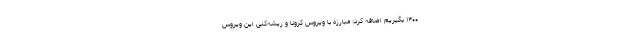
۱۴۰۰ بگیریم اضافه کرد: مبارزه با ویروس کرونا و ریشه‌کنی این ویروس